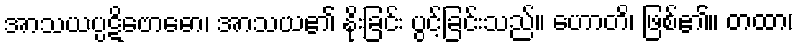
အာသယပ္ပဋိဗောဓော၊ အာသယ၏ နိုးခြင်း ပွင့်ခြင်းသည်။ ဟောတိ၊ ဖြစ်၏။ တထာ၊